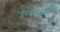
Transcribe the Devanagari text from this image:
जगन्नाथबुवांकडे